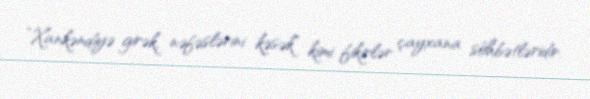
“Xankəndiyə girək, nəfəslərini kəsək” kimi fikirlər çayxana söhbətləridir.